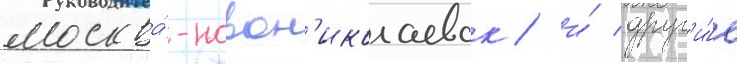
москва́-новон'иколаевск / и́ друг'и́е